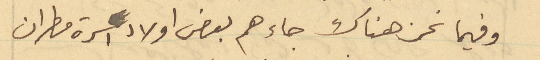
وفيما نحن هناك جاءهم بعض اولاد اسرة مطران